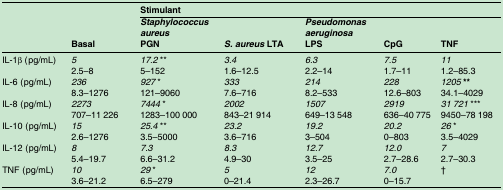
<table><thead><tr><td colspan="2"><b> </b></td><td colspan="5"><b>Stimulant</b></td></tr><tr><td></td><td><b>Basal</b></td><td><b><i>Staphylococcus aureus</i>PGN</b></td><td><b><i>S. aureus</i> LTA</b></td><td><b><i>Pseudomonas aeruginosa</i>LPS</b></td><td><b>CpG</b></td><td><b>TNF</b></td></tr></thead><tbody><tr><td>IL-1β (pg/mL)</td><td><i>5</i>2.5–8</td><td><i>17.2</i> **5–152</td><td><i>3.4</i>1.6–12.5</td><td><i>6.3</i>2.2–14</td><td><i>7.5</i>1.7–11</td><td><i>11</i>1.2–85.3</td></tr><tr><td>IL-6 (pg/mL)</td><td><i>236</i>8.3–1276</td><td><i>927</i> *121–9060</td><td><i>333</i>7.6–716</td><td><i>214</i>8.2–533</td><td><i>228</i>12.6–803</td><td><i>1205</i> <b>**</b>34.1–4029</td></tr><tr><td>IL-8 (pg/mL)</td><td><i>2273</i>707–11 226</td><td><i>7444</i> *1283–100 000</td><td><i>2002</i>843–21 914</td><td><i>1507</i>649–13 548</td><td><i>2919</i>636–40 775</td><td><i>31 721</i> ***9450–78 198</td></tr><tr><td>IL-10 (pg/mL)</td><td><i>15</i>2.6–1276</td><td><i>25.4</i> **3.5–5000</td><td><i>23.2</i>3.6–716</td><td><i>19.2</i>3–504</td><td><i>20.2</i>0–803</td><td><i>26</i> *3.5–4029</td></tr><tr><td>IL-12 (pg/mL)</td><td><i>8</i>5.4–19.7</td><td><i>7.3</i>6.6–31.2</td><td><i>8.3</i>4.9–30</td><td><i>12.7</i>3.5–25</td><td><i>12.0</i>2.7–28.6</td><td><i>7</i>2.7–30.3</td></tr><tr><td>TNF (pg/mL)</td><td><i>10</i>3.6–21.2</td><td><i>29</i> *6.5–279</td><td><i>5</i>0–21.4</td><td><i>12</i>2.3–26.7</td><td><i>7.0</i>0–15.7</td><td>†</td></tr></tbody></table>